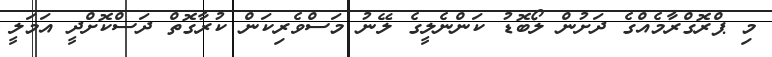
މި ޕްރޮގްރާމެއްގެ ދަށުން ލޯބޮޑު ކަންނެލީގެ ލޭނު މަސްވެރިކަން ކުރާގޮތް ދަސްކޮށްދީ އަމަލީ